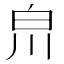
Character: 𤽃